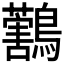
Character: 𪇜